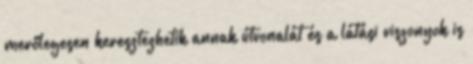
merőlegesen keresztezhetik annak útvonalát és a látási viszonyok is